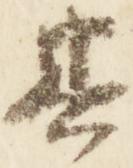
其